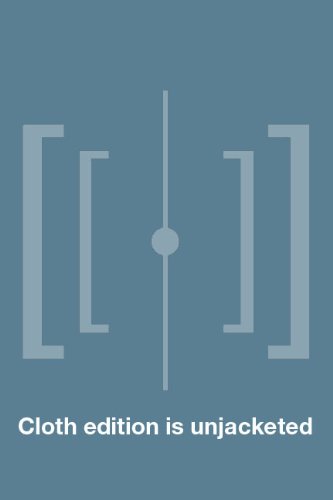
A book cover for Midwest Maize: How Corn Shaped the U.S. Heartland (Heartland Foodways); Cynthia Clampitt; Cookbooks, Food & Wine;